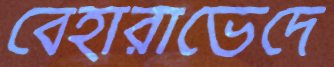
বেহারাভেদে